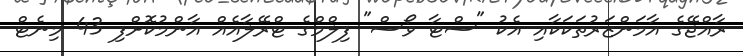
ރާއްޖޭގެ އާމަންޒަރުތަކަކާއި އެކު "ސްޓާ ވޯސް" ފިލްމްގެ ޓްރޭލާއެއް އާންމުކޮށްފި 43 މިނެޓް